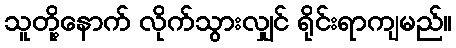
သူတို့နောက် လိုက်သွားလျှင် ရိုင်းရာကျမည်။